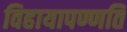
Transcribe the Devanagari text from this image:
विहायापण्णति